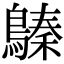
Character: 𪄈